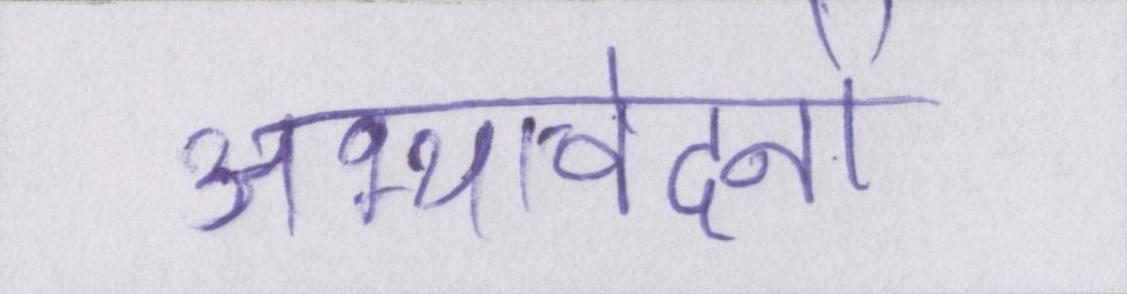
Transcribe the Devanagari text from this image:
अभ्यावेदनों